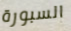
السبورة